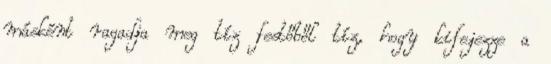
másként ragadja meg tíz festőből tíz, hogy kifejezze a